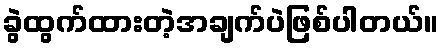
ခွဲထွက်ထားတဲ့အချက်ပဲဖြစ်ပါတယ်။